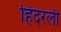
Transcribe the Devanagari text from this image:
हिंदरली